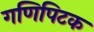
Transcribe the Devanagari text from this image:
गणिपिटक